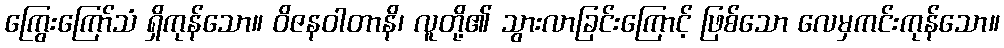
ကြွေးကြော်သံ ရှိကုန်သော။ ဝိဇနဝါတာနိ၊ လူတို့၏ သွားလာခြင်းကြောင့် ဖြစ်သော လေမှကင်းကုန်သော။